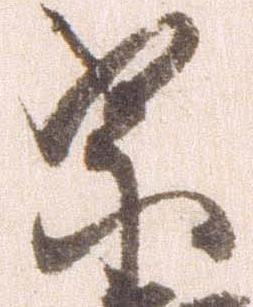
宗